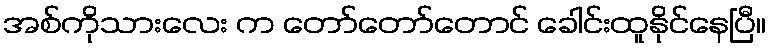
အစ်ကိုသားလေး က တော်တော်တောင် ခေါင်းထူနိုင်နေပြီ။